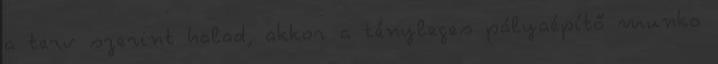
a terv szerint halad, akkor a tényleges pályaépítő munka